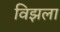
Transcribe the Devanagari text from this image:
विझला